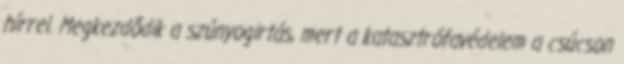
hírrel. Megkezdődik a szúnyogirtás, mert a katasztrófavédelem a csúcson